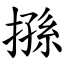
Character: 搎